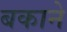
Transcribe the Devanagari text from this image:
बकाने